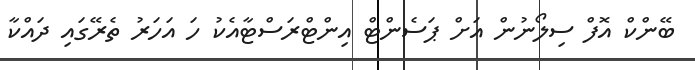
ބޭންކް އޮފް ސިލޯނުން އަށް ޕަސެންޓް އިންޓްރަސްޓާއެކު ހަ އަހަރު ތެރޭގައި ދައްކާ